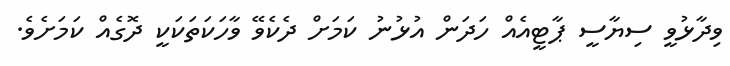
ވިދާޅުވީ ސިޔާސީ ޕާޓީއެއް ހަދަން އުޅުނު ކަމަށް ދެކެވޭ ވާހަކަތަކަކީ ދޮގެއް ކަމަށެވެ.